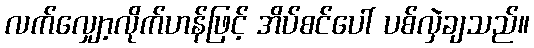
လက်လျှော့လိုက်ဟန်ဖြင့် အိပ်စင်ပေါ် ပစ်လှဲချသည်။